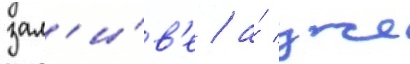
зал'и́в'е / а́ уже